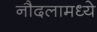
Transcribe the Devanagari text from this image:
नौदलामध्ये